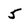
Character: 5